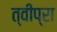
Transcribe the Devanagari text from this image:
त्वीप्रा